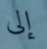
إلى